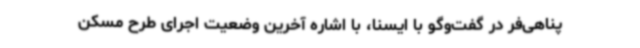
پناهی‌فر در گفت‌وگو با ایسنا، با اشاره آخرین وضعیت اجرای طرح مسکن